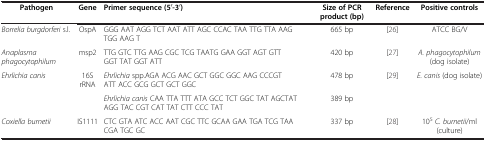
<table><thead><tr><td><b>Pathogen</b></td><td><b>Gene</b></td><td><b>Primer sequence (5<sup>′</sup>-3<sup>′</sup>)</b></td><td><b>Size of PCR product (bp)</b></td><td><b>Reference</b></td><td><b>Positive controls</b></td></tr></thead><tbody><tr><td><i>Borrelia burgdorferi</i> s.l.</td><td>OspA</td><td>GGG AAT AGG TCT AAT ATT AGC CCAC TAA TTG TTA AAG TGG AAG T</td><td>665 bp</td><td>[26]</td><td>ATCC BG/V</td></tr><tr><td><i>Anaplasma phagocytophilum</i></td><td>msp2</td><td>TTG GTC TTG AAG CGC TCG TAATG GAA GGT AGT GTT GGT TAT GGT ATT</td><td>420 bp</td><td>[27]</td><td><i>A. phagocytophilum</i> (dog isolate)</td></tr><tr><td rowspan="2"><i>Ehrlichia canis</i></td><td rowspan="2">16S rRNA</td><td><i>Ehrlichia</i> spp.AGA ACG AAC GCT GGC GGC AAG CCCGT ATT ACC GCG GCT GCT GGC</td><td>478 bp</td><td rowspan="2">[29]</td><td rowspan="2"><i>E. canis</i> (dog isolate)</td></tr><tr><td><i>Ehrlichia canis</i> CAA TTA TTT ATA GCC TCT GGC TAT AGCTAT AGG TAC CGT CAT TAT CTT CCC TAT</td><td>389 bp</td></tr><tr><td><i>Coxiella burnetii</i></td><td>IS1111</td><td>CTC GTA ATC ACC AAT CGC TTC GCAA GAA TGA TCG TAA CGA TGC GC</td><td>337 bp</td><td>[28]</td><td>10<sup>5</sup><i>C. burnetii</i>/ml (culture)</td></tr></tbody></table>